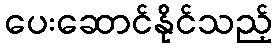
ပေးဆောင်နိုင်သည့်